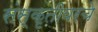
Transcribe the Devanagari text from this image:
संस्कृतीवरचे